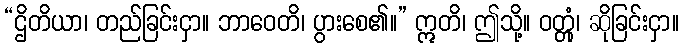
“ဌိတိယာ၊ တည်ခြင်းငှာ။ ဘာဝေတိ၊ ပွားစေ၏။” ဣတိ၊ ဤသို့။ ဝတ္တုံ၊ ဆိုခြင်းငှာ။